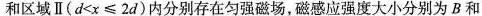
和区域Ⅱ($$d < x ≤ 2 d$$)内分别存在匀强磁场，磁感应强度大小分别为B和